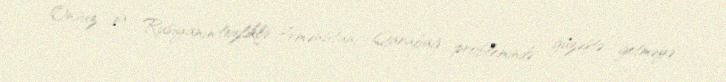
Onsuz da Rusiyanın tezliklə Ermənistanı Qarabağ problemində güzəştə getməyə